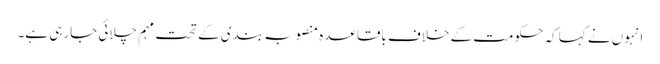
انہوں نے کہا کہ حکومت کے خلاف باقاعدہ منصوبہ بندی کے تحت مہم چلائی جارہی ہے۔